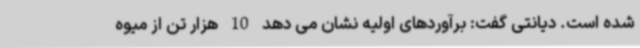
شده است. دیانتی گفت: برآوردهای اولیه نشان می دهد 10 هزار تن از میوه